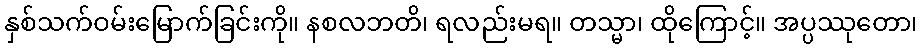
နှစ်သက်ဝမ်းမြောက်ခြင်းကို။ နစလဘတိ၊ ရလည်းမရ။ တသ္မာ၊ ထိုကြောင့်။ အပ္ပဿုတော၊